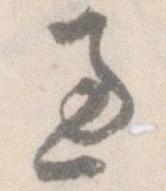
過